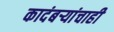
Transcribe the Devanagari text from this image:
कादंबऱ्यांचाही